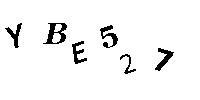
YBE527